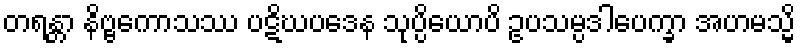
တရန္တာ နိဗ္ဗကောသဿ ပဋိဃပဒေန သုပ္ပိယောပိ ဥပသမ္ပဒါပေက္ခာ အဟမသ္မိ